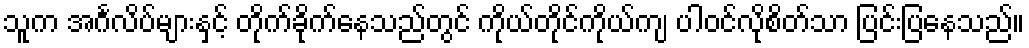
သူက အင်္ဂလိပ်များနှင့် တိုက်ခိုက်နေသည်တွင် ကိုယ်တိုင်ကိုယ်ကျ ပါဝင်လိုစိတ်သာ ပြင်းပြနေသည်။